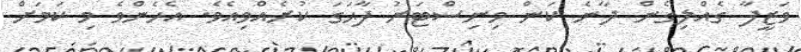
ވަޒީފާ ގެއްލިގެން ދާނެ ކަން މިނިސްޓަރު ފާޙަގަ ކުރެއްވިއެވެ. އެހެންވެ މި ކަމަށް